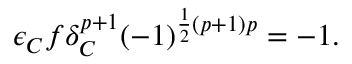
\epsilon _ { C } f \delta _ { C } ^ { p + 1 } ( - 1 ) ^ { \frac 1 2 ( p + 1 ) p } = - 1 .